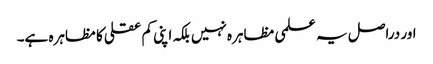
اور دراصل یہ علمی مظاہرہ نہیں بلکہ اپنی کم عقلی کا مظاہرہ ہے۔